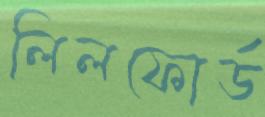
লিলফোর্ড